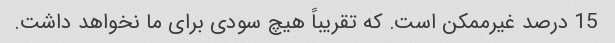
15 درصد غیرممکن است. که تقریباً هیچ سودی برای ما نخواهد داشت.